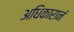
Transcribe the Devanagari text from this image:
अधिकारानं